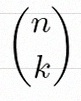
\binom{n}{k}